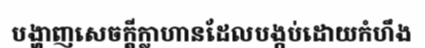
បង្ហាញសេចក្តីក្លាហានដែលបង្កប់ដោយកំហឹង